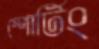
স্পোর্টিং